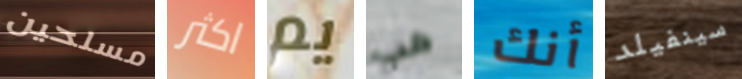
مسلحين اكثر يم هب أنك سينفيلد